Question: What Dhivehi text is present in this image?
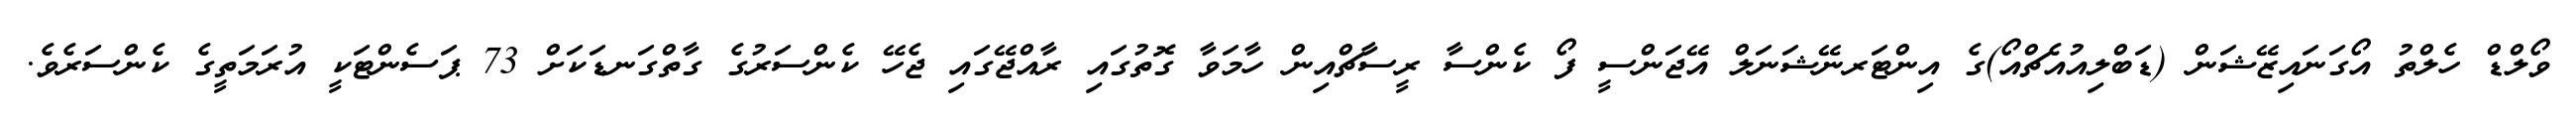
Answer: ވޯލްޑް ހެލްތު އޯގަނައިޒޭޝަން (ޑަބްލިއުއެޗްއޯ)ގެ އިންޓަރނޭޝަނަލް އޭޖަންސީ ފޯ ކެންސާ ރީސާޗްއިން ހާމަވާ ގޮތުގައި ރާއްޖޭގައި ޖެހޭ ކެންސަރުގެ ގާތްގަނޑަކަށް 73 ޕަސެންޓަކީ އުރަމަތީގެ ކެންސަރެވެ.